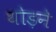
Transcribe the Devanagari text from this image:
थोड़ने